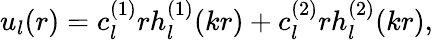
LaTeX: u_{l}(r)=c_{l}^{(1)}rh_{l}^{(1)}(kr)+c_{l}^{(2)}rh_{l}^{(2)}(kr),